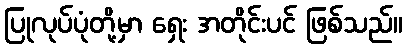
ပြုလုပ်ပုံတို့မှာ ရှေး အတိုင်းပင် ဖြစ်သည်။